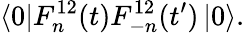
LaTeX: \left\langle 0\right|F_{n}^{12}(t)F_{-n}^{12}(t^{\prime})\left|0\right\rangle.